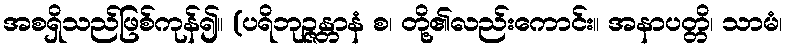
အစရှိသည်ဖြစ်ကုန်၍။ (ပရိဘုဉ္ဇန္တာနံ စ၊ တို့၏လည်းကောင်း။ အနာပတ္တိ၊ သာမံ၊